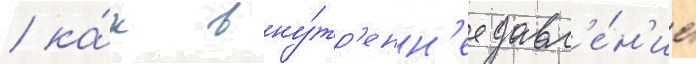
/ ка́к вну́тр'енн'ее давл'е́н'ие